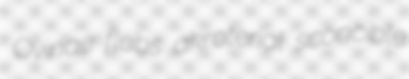
Ovinae flubs akroterial sconcible